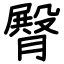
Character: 臀